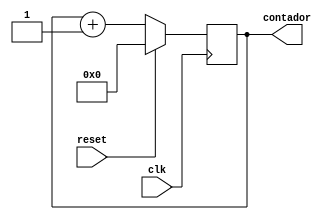
`timescale 1ns / 1ps
//////////////////////////////////////////////////////////////////////////////////
// Company: 
// Engineer: 
// 
// Design Name: 
// Module Name: contador
// Project Name: 
// Target Devices: 
// Tool Versions: 
// Description: 
// 
// Dependencies: 
// 
// Revision:
// Revision 0.01 - File Created
// Additional Comments:
// 
//////////////////////////////////////////////////////////////////////////////////
module contador(
    input clk,
    input reset,
    output reg [8:0] contador
    );   
    always @(posedge clk)
    begin
        if (reset)
            contador <= 9'd0;
        else 
        begin
            contador <= contador + 9'd1;
        end
    end      
endmodule